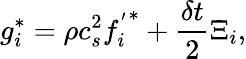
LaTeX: g_{i}^{*}=\rho c_{s}^{2}{f_{i}^{'}}^{*}+\frac{\delta t}{2}\Xi_{i},